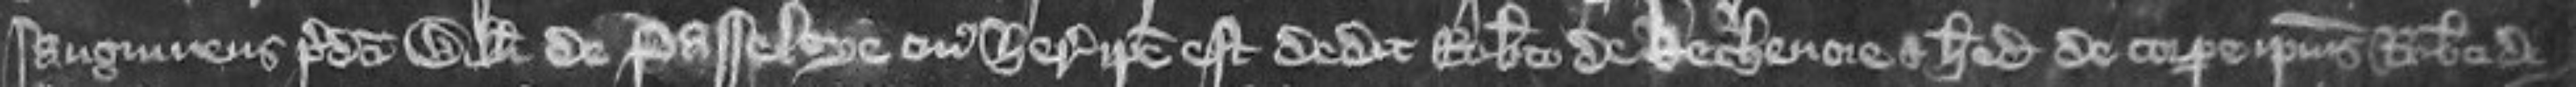
sanguineus predicti Willelmi de Passelye cuius heres ipse est dedit Roberto de Kechenore et heredibus de corpore ipsius Roberti de